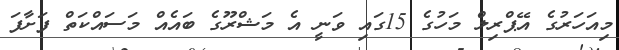
މިއަހަރުގެ އޭޕްރިލް މަހުގެ 15ގައި ވަނީ އެ މަޝްރޫގެ ބައެއް މަސައްކަތް ފަށާފަ